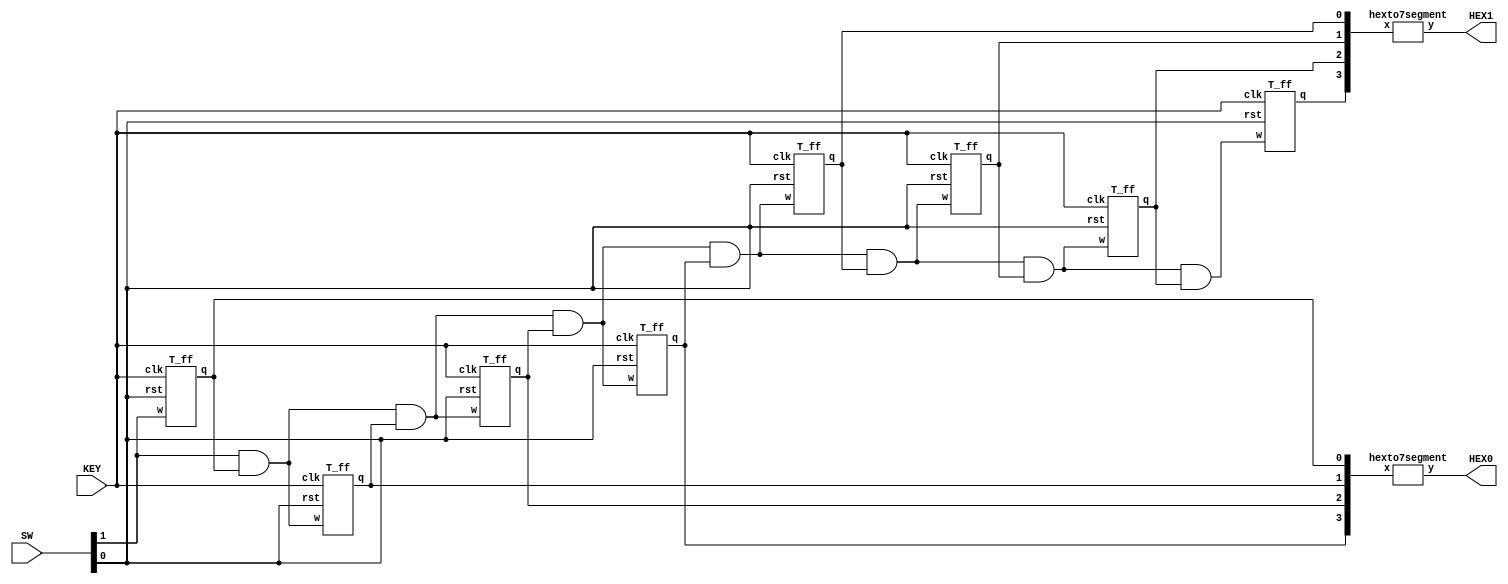
module part1(KEY, SW, HEX0, HEX1);
	input[0:0] KEY;
	input[1:0] SW;
	output[6:0] HEX0, HEX1;
	wire[7:0] q;
	wire w1, w2, w3, w4, w5, w6, w7;
	
	assign clock = KEY[0];
	assign enable = SW[1];
	assign clear = SW[0];
	assign w1 = enable & q[0];
	assign w2 = w1 & q[1];
	assign w3 = w2 & q[2];
	assign w4 = w3 & q[3];
	assign w5 = w4 & q[4];
	assign w6 = w5 & q[5];
	assign w7 = w6 & q[6];
	
	T_ff one(enable, clock, clear, q[0]);
	T_ff two(w1, clock, clear, q[1]);
	T_ff three(w2, clock, clear, q[2]);
	T_ff four(w3, clock, clear, q[3]);
	T_ff five(w4, clock, clear, q[4]);
	T_ff six(w5, clock, clear, q[5]);
	T_ff seven(w6, clock, clear, q[6]);
	T_ff eight(w7, clock, clear, q[7]);
	
	//assign HEX0 = 7'b1111001;
	hexto7segment H0(q[3:0],HEX0);
	hexto7segment H1(q[7:4],HEX1);

endmodule


module T_ff(w, clk, rst, q);
	input w, clk, rst;
	output q;
	reg f;
	
	always@(posedge clk or negedge rst)
	begin
		if(~rst)
		begin
			f <= 0;
		end
		else if(w)
		begin
			f <= ~f;
		end
	end
	
	assign q = f;

endmodule


module hexto7segment(x,y);
	input[3:0] x;
	output[6:0] y;
	reg[6:0] h;

	always @(*)
	begin
		case (x)
		4'b0000 : h = 7'b1000000;
		4'b0001 : h = 7'b1111001;
		4'b0010 : h = 7'b0100100; 
		4'b0011 : h = 7'b0110000;
		4'b0100 : h = 7'b0011001;
		4'b0101 : h = 7'b0010010;  
		4'b0110 : h = 7'b0000010;
		4'b0111 : h = 7'b1111000;
		4'b1000 : h = 7'b0000000;
		4'b1001 : h = 7'b0010000;
		4'b1010 : h = 7'b0001000; 
		4'b1011 : h = 7'b0000011;
		4'b1100 : h = 7'b1000110;
		4'b1101 : h = 7'b0100001;
		4'b1110 : h = 7'b0000110;
		4'b1111 : h = 7'b0001110;
		endcase
	end
	
	assign y = h;

endmodule